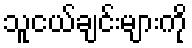
သူငယ်ချင်းများကို